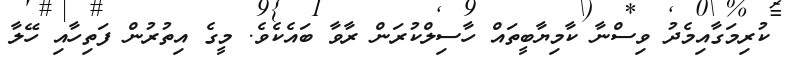
ކުރިމަގާއިމެދު ވިސްނާ ކާމިޔާބީތައް ހާސިލްކުރަން ރާވާ ބައެކެވެ. މީގެ އިތުރުން ފަތިހާއި ހޭލާ